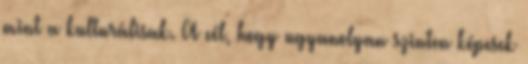
mint a kulturálisak. A cél, hogy ugyanolyan szinten képesek